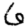
Digit: 6